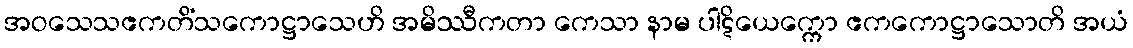
အဝသေသဧကတိံသကောဋ္ဌာသေဟိ အမိဿီကတာ ကေသာ နာမ ပါဋိယေက္ကော ဧကကောဋ္ဌာသောတိ အယံ